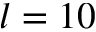
l = 1 0